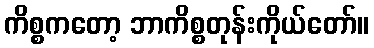
ကိစ္စကတော့ ဘာကိစ္စတုန်းကိုယ်တော်။